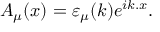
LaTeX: A _ { \mu } ( x ) = \varepsilon _ { \mu } ( k ) e ^ { i k . x } .